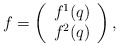
\begin{align*}f=\left(\begin{array}{c}f^1(q)\\f^2(q)\end{array} \right),\end{align*}